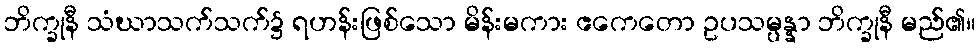
ဘိက္ခုနီ သံဃာသက်သက်၌ ရဟန်းဖြစ်သော မိန်းမကား ဧကေတော ဥပသမ္ပန္နာ ဘိက္ခုနီ မည်၏။